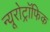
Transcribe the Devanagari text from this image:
न्यूरोट्रॉफिक